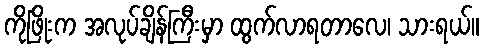
ကိုဖြိုးက အလုပ်ချိန်ကြီးမှာ ထွက်လာရတာလေ၊ သားရယ်။